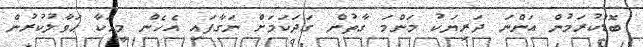
ބޮޑުކުރަމުން އަންނަ ދަރިޔަކު މަންމަ ގާތުން ގަދަކަމަށް ނަގާފައި އެހެން މީހަކާ ޙަވާލުކުރުން